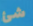
شئ